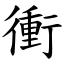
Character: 衝